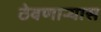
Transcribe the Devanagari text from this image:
ठेवणाऱ्यास